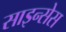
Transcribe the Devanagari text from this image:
साइन्सेस